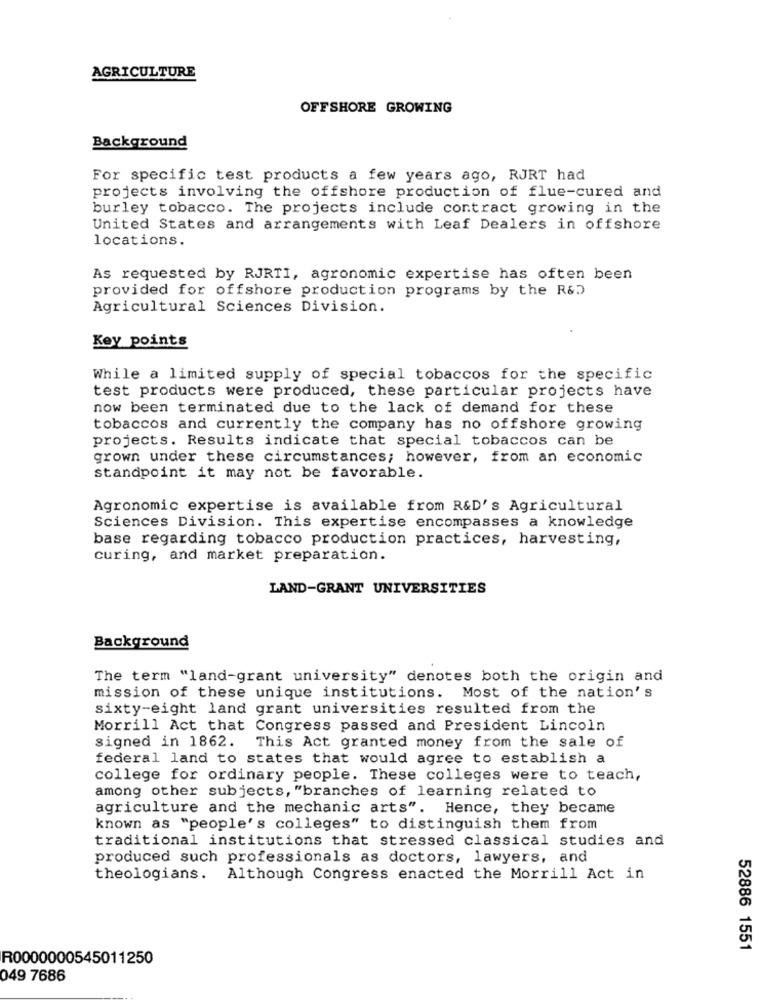
AGRICULTURE
OFFSHORE GROWING
Background
For specific test products a few years ago, RJRT had
projects involving the offshore production of flue-cured and
burley tobacco. The projects include contract growing in the
United States and arrangements with Leaf Dealers in offshore
locations.
As requested by RJRTI, agronomic expertise has often been
provided for offshore production programs by the R&D
Agricultural Sciences Division.
Key points
While a limited supply of special tobaccos for the specific
test products were produced, these particular projects have
now been terminated due to the lack of demand for these
tobaccos and currently the company has no offshore growing
projects. Results indicate that special tobaccos can be
grown under these circumstances; however, from an economic
standpoint it may not be favorable.
Agronomic expertise is available from R&D's Agricultural
Sciences Division. This expertise encompasses a knowledge
base regarding tobacco production practices, harvesting,
curing, and market preparation.
LAND-GRANT UNIVERSITIES
Background
The term "land-grant university" denotes both the origin and
mission of these unique institutions. Most of the nation's
sixty-eight land grant universities resulted from the
Morrill Act that Congress passed and President Lincoln
signed in 1862.
This Act granted money from the sale of
federal land to states that would agree to establish a
college for ordinary people. These colleges were to teach,
among other subjects, "branches of learning related to
agriculture and the mechanic arts". Hence, they became
known as "people's colleges" to distinguish them from
traditional institutions that stressed classical studies and
produced such professionals as doctors, lawyers, and
theologians. Although Congress enacted the Morrill Act in
52886 1551
R0000000545011250
049 7686